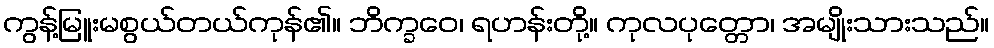
ကွန့်မြူးမစွယ်တယ်ကုန်၏။ ဘိက္ခဝေ၊ ရဟန်းတို့။ ကုလပုတ္တော၊ အမျိုးသားသည်။